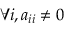
\forall i , a _ { i i } \neq 0